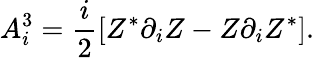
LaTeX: A_{i}^{3}=\frac{i}{2}[Z^{*}\partial_{i}Z-Z\partial_{i}Z^{*}].